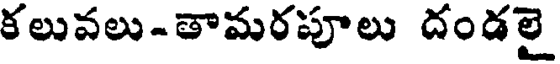
కలువలు-తామరపూలు దండలై